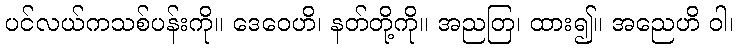
ပင်လယ်ကသစ်ပန်းကို။ ဒေဝေဟိ၊ နတ်တို့ကို။ အညတြ၊ ထား၍။ အညေဟိ ဝါ၊